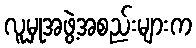
လူမှုအဖွဲ့အစည်းများက